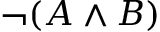
\neg ( A \land B )